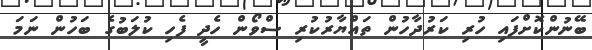
ބޭނުންކޮށްފައި ހުރި ކަރުދާހުން ތައްޔާރުކުރި ސްވޯން ހެދީ ފެހި ކުލަބުގެ ބަހުން ނަމަ